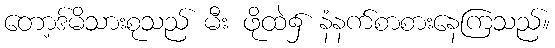
တော့ဒ်မိသားစုသည် မီး ဖိုထဲ၌ နံနက်စာစားနေကြသည်။